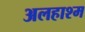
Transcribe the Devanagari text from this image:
अलहाश्म